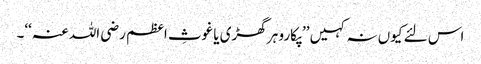
اس لئے کیوں نہ کہیں ’’پکارو ہر گھڑی یا غوثِ اعظم رضی اللہ عنہ‘‘۔